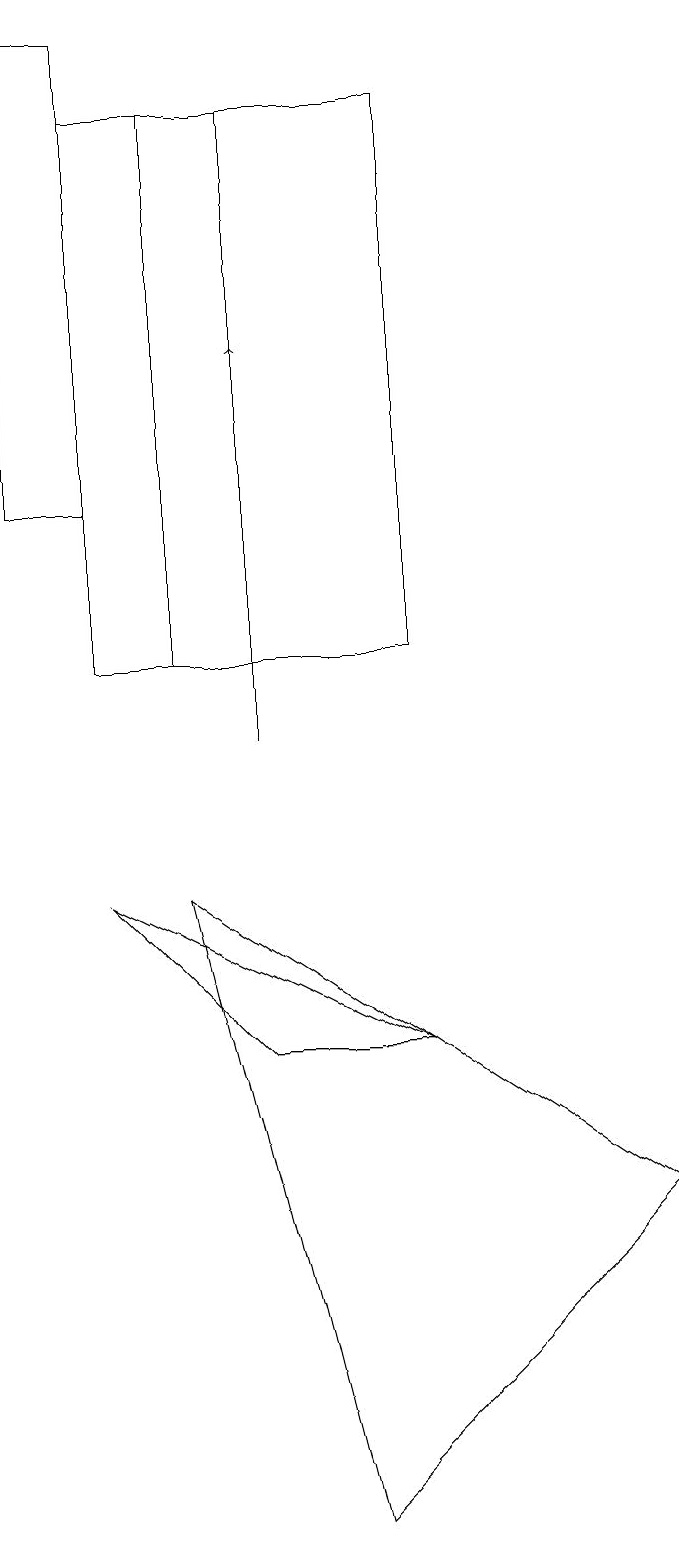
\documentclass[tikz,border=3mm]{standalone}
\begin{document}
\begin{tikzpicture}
\draw (4,6) -- (2,8) -- (6,6) -- cycle;
\draw (2,19) rectangle (1,13);
\draw (2,11) rectangle (4,18);
\draw (3,11) rectangle (6,18);
\draw (3,8) -- (9,4) -- (5,0) -- cycle;
\draw[->] (4,10) -- (4,15);
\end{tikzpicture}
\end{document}